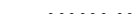
..